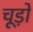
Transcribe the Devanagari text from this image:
चूड़ो